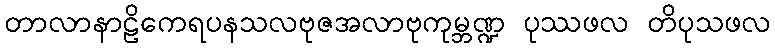
တာလာနာဠိကေရပနသလဗုဇအလာဗုကုမ္ဘဏ္ဍ ပုဿဖလ တိပုသဖလ